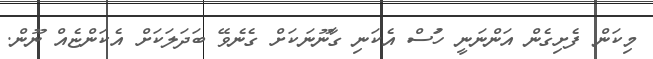
މިކަން ފެށިގެން އަންނަނީ ހުަސް އެކަނި ގާނޫނަކަށް ގެނެވޭ ބަދަލަކަށް އެކަންޏެއް ނޫން.